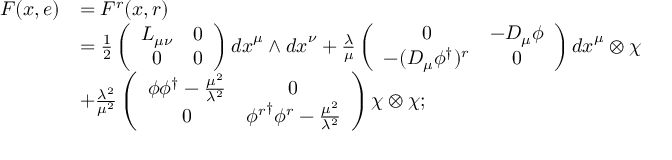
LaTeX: \begin{array} { c l } { { F ( x , e ) } } & { { = F ^ { r } ( x , r ) } } \\ { { } } & { { = \frac { 1 } { 2 } \left( \begin{array} { c c } { { L _ { \mu \nu } } } & { { 0 } } \\ { { 0 } } & { { 0 } } \end{array} \right) { d x } ^ { \mu } \wedge { d x } ^ { \nu } + \frac { \lambda } { \mu } \left( \begin{array} { c c } { { 0 } } & { { { - D _ { \mu } \phi } } } \\ { { - ( D _ { \mu } \phi ^ { \dag } ) ^ { r } } } & { { 0 } } \end{array} \right) { d x } ^ { \mu } \otimes { \chi } } } \\ { { } } & { { + \frac { { \lambda } ^ { 2 } } { { \mu } ^ { 2 } } \left( \begin{array} { c c } { { { \phi { \phi } ^ { \dag } - \frac { { \mu } ^ { 2 } } { \lambda ^ { 2 } } } } } & { { 0 } } \\ { { 0 } } & { { { \phi ^ { r } } ^ { \dag } { \phi } ^ { r } - \frac { \mu ^ { 2 } } { \lambda ^ { 2 } } } } \end{array} \right) { \chi } \otimes { \chi } ; } } \end{array}